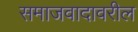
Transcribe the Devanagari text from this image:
समाजवादावरील